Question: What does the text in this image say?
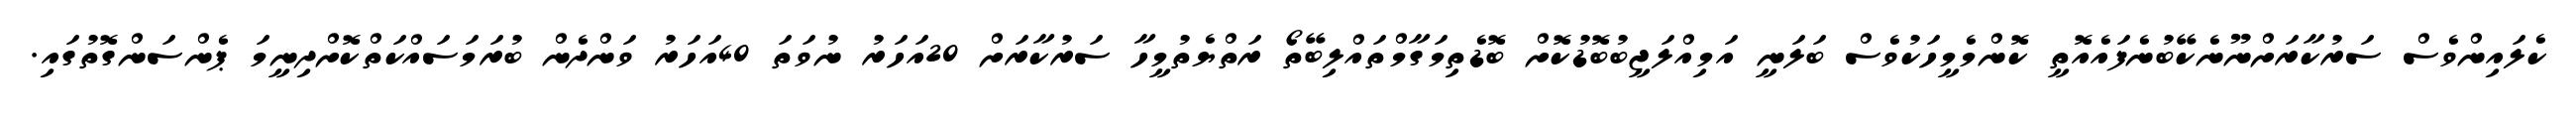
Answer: ކެލައިންވެސް ސަރުކާރަށްނޫނެކޭބުނެފައެއޮތީ ކޮންމެމީހަކުވެސް ބަލަނީ އަމިއްލަޖީބުބޮޑުކޮށް ބޮޑެތިމަގާމްތައްލިބޭތޯ ރަތްޔެތުމީހާ ސަރުކާރަށް 20އަހަރު ނުވަތަ 40އަހަރު ވަންދެން ބުރަމަސައްކަތްކޮށްދިނީމަ ޕެންސަންގޮތުގައި.